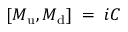
\left[ M _ { \mathrm { u } } , M _ { \mathrm { d } } \right] \; = \; i { \cal C } \;